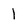
Character: 1